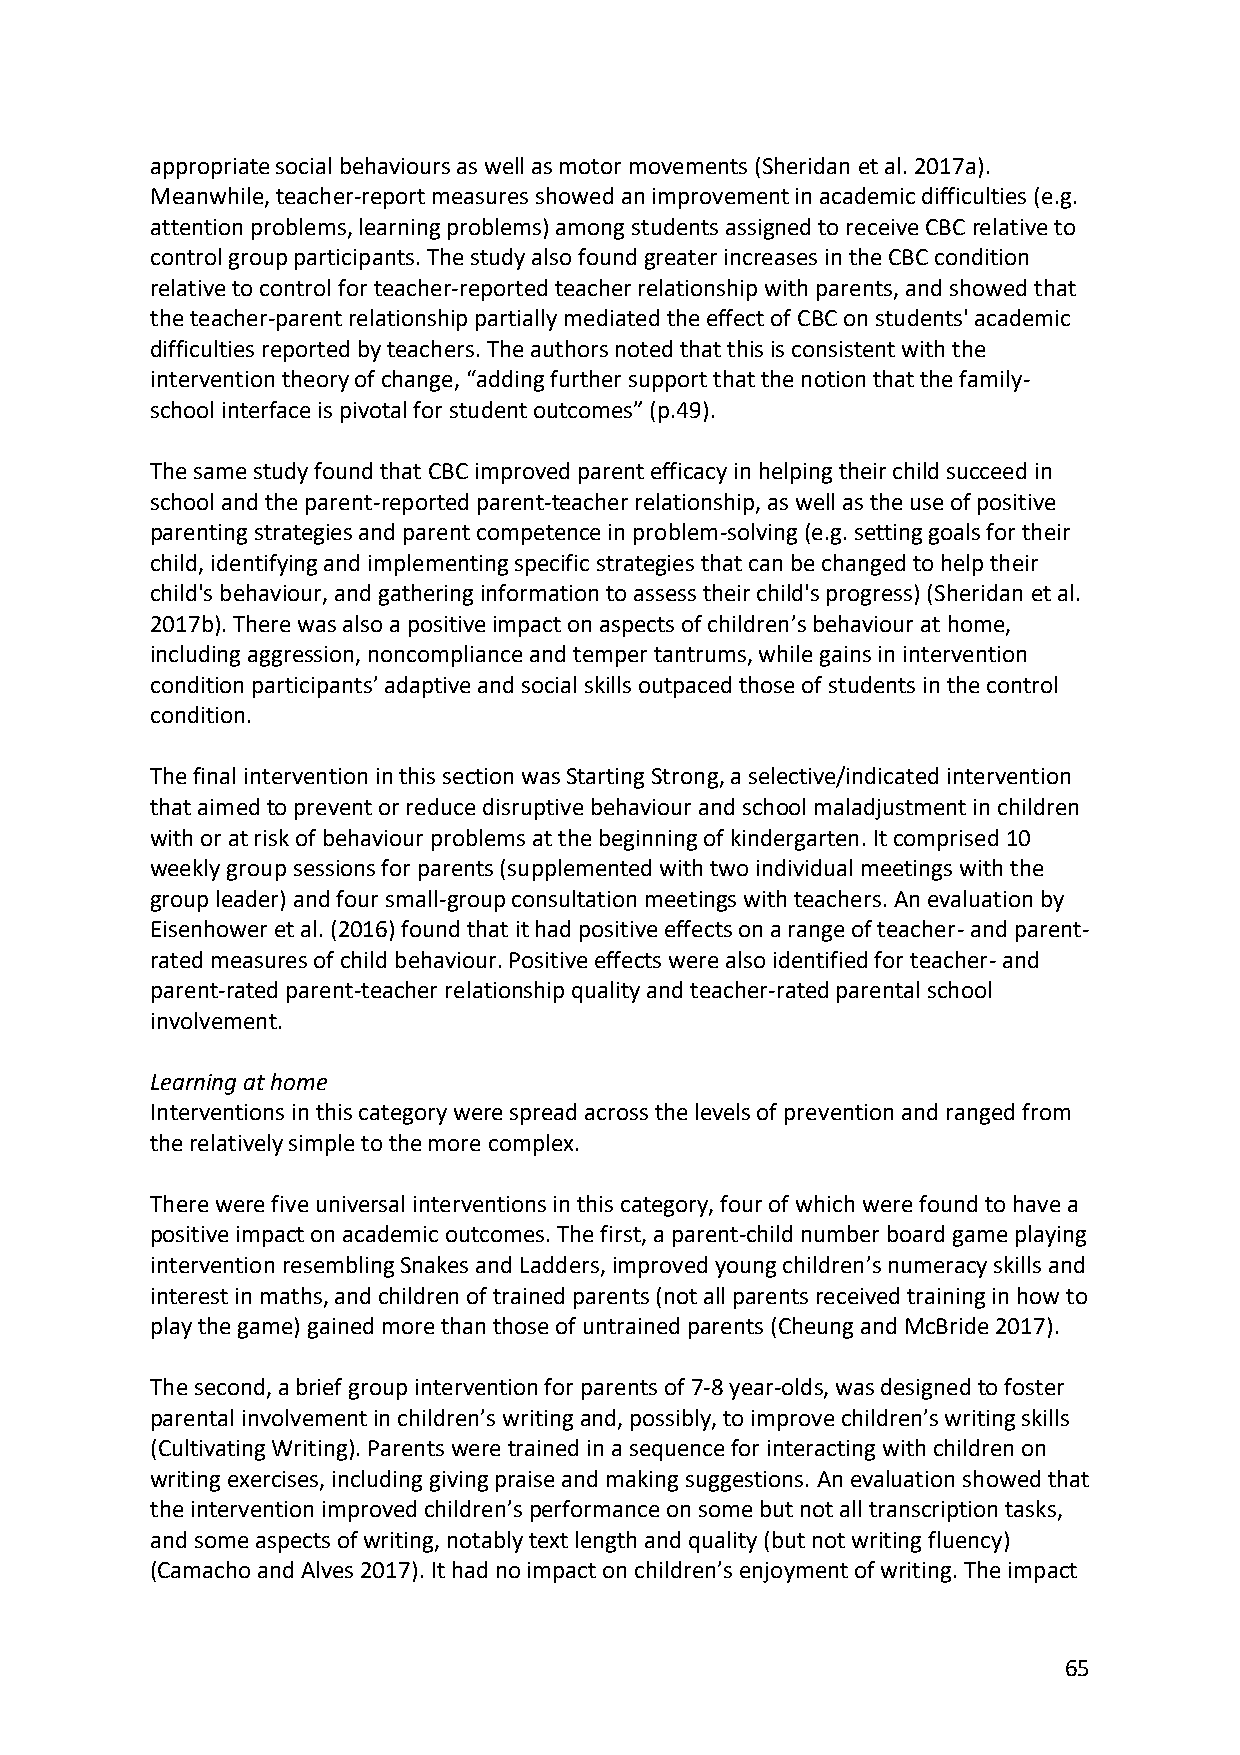
appropriate social behaviours as well as motor movements (Sheridan et al. 2017a).
 Meanwhile, teacher-report measures showed an improvement in academic difficulties (e.g.
 attention problems, learning problems) among students assigned to receive CBC relative to
 control group participants. The study also found greater increases in the CBC condition
 relative to control for teacher-reported teacher relationship with parents, and showed that
 the teacher-parent relationship partially mediated the effect of CBC on students' academic
 difficulties reported by teachers. The authors noted that this is consistent with the
 intervention theory of change, “adding further support that the notion that the family-
 school interface is pivotal for student outcomes” (p.49).
 The same study found that CBC improved parent efficacy in helping their child succeed in
 school and the parent-reported parent-teacher relationship, as well as the use of positive
 parenting strategies and parent competence in problem-solving (e.g. setting goals for their
 child, identifying and implementing specific strategies that can be changed to help their
 child's behaviour, and gathering information to assess their child's progress) (Sheridan et al.
 2017b). There was also a positive impact on aspects of children’s behaviour at home,
 including aggression, noncompliance and temper tantrums, while gains in intervention
 condition participants’ adaptive and social skills outpaced those of students in the control
 condition.
 The final intervention in this section was Starting Strong, a selective/indicated intervention
 that aimed to prevent or reduce disruptive behaviour and school maladjustment in children
 with or at risk of behaviour problems at the beginning of kindergarten. It comprised 10
 weekly group sessions for parents (supplemented with two individual meetings with the
 group leader) and four small-group consultation meetings with teachers. An evaluation by
 Eisenhower et al. (2016) found that it had positive effects on a range of teacher- and parent-
 rated measures of child behaviour. Positive effects were also identified for teacher- and
 parent-rated parent-teacher relationship quality and teacher-rated parental school
 involvement.
 Learning at home
 Interventions in this category were spread across the levels of prevention and ranged from
 the relatively simple to the more complex.
 There were five universal interventions in this category, four of which were found to have a
 positive impact on academic outcomes. The first, a parent-child number board game playing
 intervention resembling Snakes and Ladders, improved young children’s numeracy skills and
 interest in maths, and children of trained parents (not all parents received training in how to
 play the game) gained more than those of untrained parents (Cheung and McBride 2017).
 The second, a brief group intervention for parents of 7-8 year-olds, was designed to foster
 parental involvement in children’s writing and, possibly, to improve children’s writing skills
 (Cultivating Writing). Parents were trained in a sequence for interacting with children on
 writing exercises, including giving praise and making suggestions. An evaluation showed that
 the intervention improved children’s performance on some but not all transcription tasks,
 and some aspects of writing, notably text length and quality (but not writing fluency)
 (Camacho and Alves 2017). It had no impact on children’s enjoyment of writing. The impact
 65